Medical and sanitary report of the native army of Bengal for the year
Year: 1875
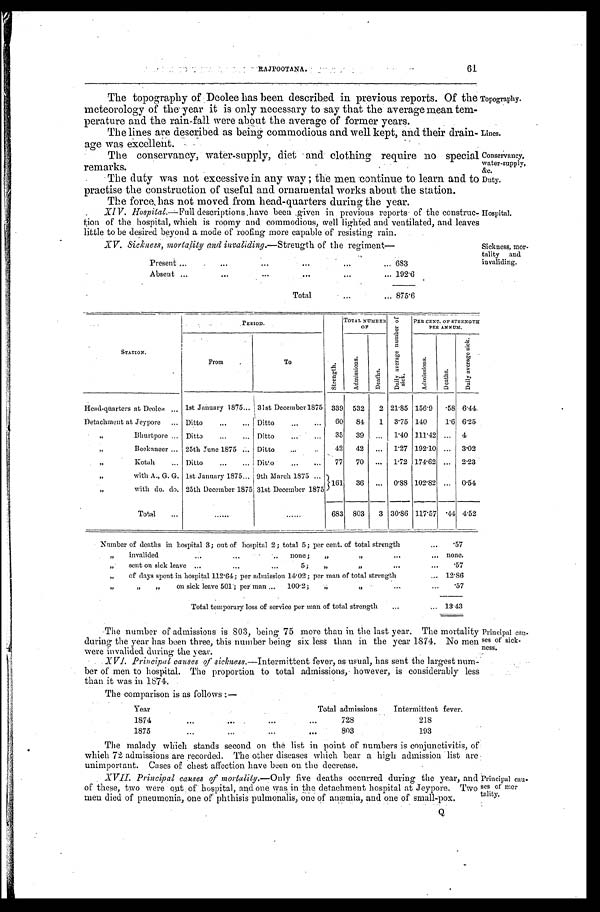
Conservancy,
water-supply,
&c.
Duty.
61
RAJPOOTANA.
The topography of Deolee has been described in previous reports. Of the
meteorology of the year it is only necessary to say that the average mean tem
-
perature and the rain-fall were about the average of former years.
The lines are described as being commodious and well kept, and their drain
-
age was excellent.
Topography.
Lines.
The conservancy, water-supply, diet and clothing require no special
remarks.
The duty was not excessive in any way ; the then continue to learn and to
practise the construction of useful and ornamental works about the station.
The force, has not moved from head-quarters during the year.
XIV. Hospital .—Full descriptions, have been given in previous reports of the constru
c -
tion of the hospital, which is roomy and commodious, well lighted and ventilated, and leaves
little to be desired beyond a mode of roofing more capable of resisting rain.
Hospital.
XV. Sickness, mortalitv and invaliding.—Strength of the regiment—
P r e s e n t . . .
683
Absent
.
.
. 192.6
Total . . . 875.6
Sickness, mor
-tality and invaliding.
STATION.
PERIOD.
S t r e n g t h .
TOTAL NUMBER OF D a i l y a v e r a g e n u m b e r o f s i c k .
PER CENT. Or STRENGTH
PER ANNUM.
From.
To
Ad mi s s i o n s .
Deat hs.
Ad mi s s i o n s .
Deat hs.
D a i l y a v e r a g e s i c k .
Head-quarters at Deolee . . . 1st January 1875 . . . 31st December 1875
339
532
2 21.85 156.9
. 5 8 6.44.
Detachment at Jeypore . . . Ditto . . .
Ditto . . .
90
84
1
3.75 140
1. 6 6.25
" B h u r t p o r e . . . Ditto . . .
Ditto . . .
35
39
. . .
1.40 111.42
. . .
4
" B e e k a n e e r . . . 25th June 1875 . . .
Ditto . . .
42
42
. . .
1.27 192.10
. . .
3.02
" Kotah . . . Ditto . . .
Ditto . . .
77
70
. . .
1.72 174.62
. . .
2.23
" w i t h A . , G . G . 1st January 1875 . . . 9th March 1875 . . .
161
36
. . .
0.88 102.82
. . .
0.54
" with do. do. 25th December 1875 . . . 31st December 1875. . .
Total . . .
. . .
. . .
683
803
3 30.86 117.57
. 44 4.52
Number of deaths in hospital 3; out of hospital 2; total 5; per cent. of total strength . . .
.57
" invalided . . . none;
" ". . . none.
" s e n t o n s i c k l e a v e . . . 5 ; . . .
.57
" of days spent in hospital 112.64; per admission 14.02; per man of total strength . . . 12.86
" " " on sick leave 501 ; per man . . .100..2; " " . . .
.57
Total temporary loss of service per man of total strength . . .
13.43
The number of admissions is 803, being 75 more than in the last year. The mortality
during the year has been three, this number being six less . than in the year .1874. No men
were invalided during the year.
XVI. Principal causes of sickness .—Intermittent fever, as usual, has sent the largest num
-
ber of men to hospital. The proportion to total admissions, however, is considerably less
than it was in 1874.
The comparison is as follows :—
Year . . .
Total admissions
Intermittent fever.
1874 . . .
728
218
1875 . . .
803
193
The malady which stands second on the list in point of numbers is conjunctivitis, of
which 72 admissions are recorded. The other diseases which bear a high admission list are
unimportant. Cases of chest affection have been on the decrease.
Principal cau
-
ses of sick
-
ness.
XVII. Principal causes of mortality .—Only five deaths occurred during the year, and
of these, two were out of hospital, and one was, in the detachment hospital at Jeypore. Two
men died of pneumonia, one of phthisis pulmonalis, one of anemia, and one of small-pox.
Principal can
-ses of mer
tality.